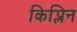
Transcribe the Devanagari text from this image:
किप्लिन